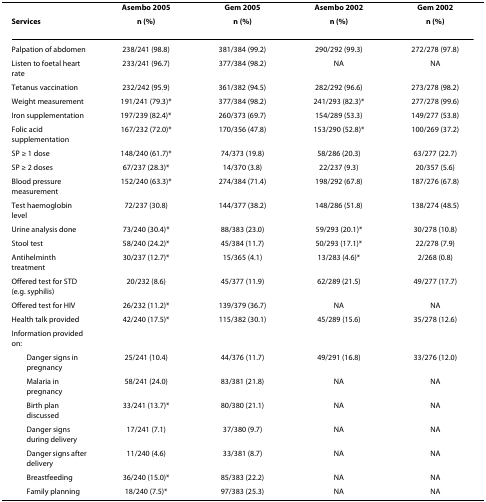
<table><thead><tr><td></td><td><b>Asembo 2005</b></td><td><b>Gem 2005</b></td><td><b>Asembo 2002</b></td><td><b>Gem 2002</b></td></tr><tr><td><b>Services</b></td><td><b>n (%)</b></td><td><b>n (%)</b></td><td><b>n (%)</b></td><td><b>n (%)</b></td></tr></thead><tbody><tr><td>Palpation of abdomen</td><td>238/241 (98.8)</td><td>381/384 (99.2)</td><td>290/292 (99.3)</td><td>272/278 (97.8)</td></tr><tr><td>Listen to foetal heart rate</td><td>233/241 (96.7)</td><td>377/384 (98.2)</td><td>NA</td><td>NA</td></tr><tr><td>Tetanus vaccination</td><td>232/242 (95.9)</td><td>361/382 (94.5)</td><td>282/292 (96.6)</td><td>273/278 (98.2)</td></tr><tr><td>Weight measurement</td><td>191/241 (79.3)*</td><td>377/384 (98.2)</td><td>241/293 (82.3)*</td><td>277/278 (99.6)</td></tr><tr><td>Iron supplementation</td><td>197/239 (82.4)*</td><td>260/373 (69.7)</td><td>154/289 (53.3)</td><td>149/277 (53.8)</td></tr><tr><td>Folic acid supplementation</td><td>167/232 (72.0)*</td><td>170/356 (47.8)</td><td>153/290 (52.8)*</td><td>100/269 (37.2)</td></tr><tr><td>SP ≥ 1 dose</td><td>148/240 (61.7)*</td><td>74/373 (19.8)</td><td>58/286 (20.3)</td><td>63/277 (22.7)</td></tr><tr><td>SP ≥ 2 doses</td><td>67/237 (28.3)*</td><td>14/370 (3.8)</td><td>22/237 (9.3)</td><td>20/357 (5.6)</td></tr><tr><td>Blood pressure measurement</td><td>152/240 (63.3)*</td><td>274/384 (71.4)</td><td>198/292 (67.8)</td><td>187/276 (67.8)</td></tr><tr><td>Test haemoglobin level</td><td>72/237 (30.8)</td><td>144/377 (38.2)</td><td>148/286 (51.8)</td><td>138/274 (48.5)</td></tr><tr><td>Urine analysis done</td><td>73/240 (30.4)*</td><td>88/383 (23.0)</td><td>59/293 (20.1)*</td><td>30/278 (10.8)</td></tr><tr><td>Stool test</td><td>58/240 (24.2)*</td><td>45/384 (11.7)</td><td>50/293 (17.1)*</td><td>22/278 (7.9)</td></tr><tr><td>Antihelminth treatment</td><td>30/237 (12.7)*</td><td>15/365 (4.1)</td><td>13/283 (4.6)*</td><td>2/268 (0.8)</td></tr><tr><td>Offered test for STD (e.g. syphilis)</td><td>20/232 (8.6)</td><td>45/377 (11.9)</td><td>62/289 (21.5)</td><td>49/277 (17.7)</td></tr><tr><td>Offered test for HIV</td><td>26/232 (11.2)*</td><td>139/379 (36.7)</td><td>NA</td><td>NA</td></tr><tr><td>Health talk provided</td><td>42/240 (17.5)*</td><td>115/382 (30.1)</td><td>45/289 (15.6)</td><td>35/278 (12.6)</td></tr><tr><td>Information provided on:</td><td></td><td></td><td></td><td></td></tr><tr><td> Danger signs in pregnancy</td><td>25/241 (10.4)</td><td>44/376 (11.7)</td><td>49/291 (16.8)</td><td>33/276 (12.0)</td></tr><tr><td> Malaria in pregnancy</td><td>58/241 (24.0)</td><td>83/381 (21.8)</td><td>NA</td><td>NA</td></tr><tr><td> Birth plan discussed</td><td>33/241 (13.7)*</td><td>80/380 (21.1)</td><td>NA</td><td>NA</td></tr><tr><td> Danger signs during delivery</td><td>17/241 (7.1)</td><td>37/380 (9.7)</td><td>NA</td><td>NA</td></tr><tr><td> Danger signs after delivery</td><td>11/240 (4.6)</td><td>33/381 (8.7)</td><td>NA</td><td>NA</td></tr><tr><td> Breastfeeding</td><td>36/240 (15.0)*</td><td>85/383 (22.2)</td><td>NA</td><td>NA</td></tr><tr><td> Family planning</td><td>18/240 (7.5)*</td><td>97/383 (25.3)</td><td>NA</td><td>NA</td></tr></tbody></table>